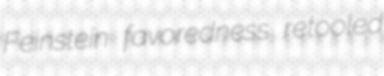
Feinstein favoredness retooled